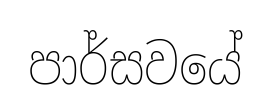
පාර්සවයේ